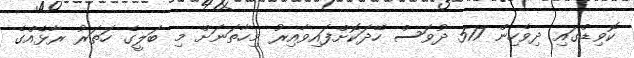
ކޮވިޑްގައި ދިވެހިން 517 ދުވަސް ހޭދަކޮށްފައިވާއިރު މިހާތަނަށް މި ބަލީގެ ހަތަރު ރާޅެއްގެ